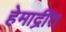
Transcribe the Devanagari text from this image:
हेमाद्रींत